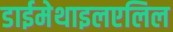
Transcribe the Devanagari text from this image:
डाईमेथाइलएलिल